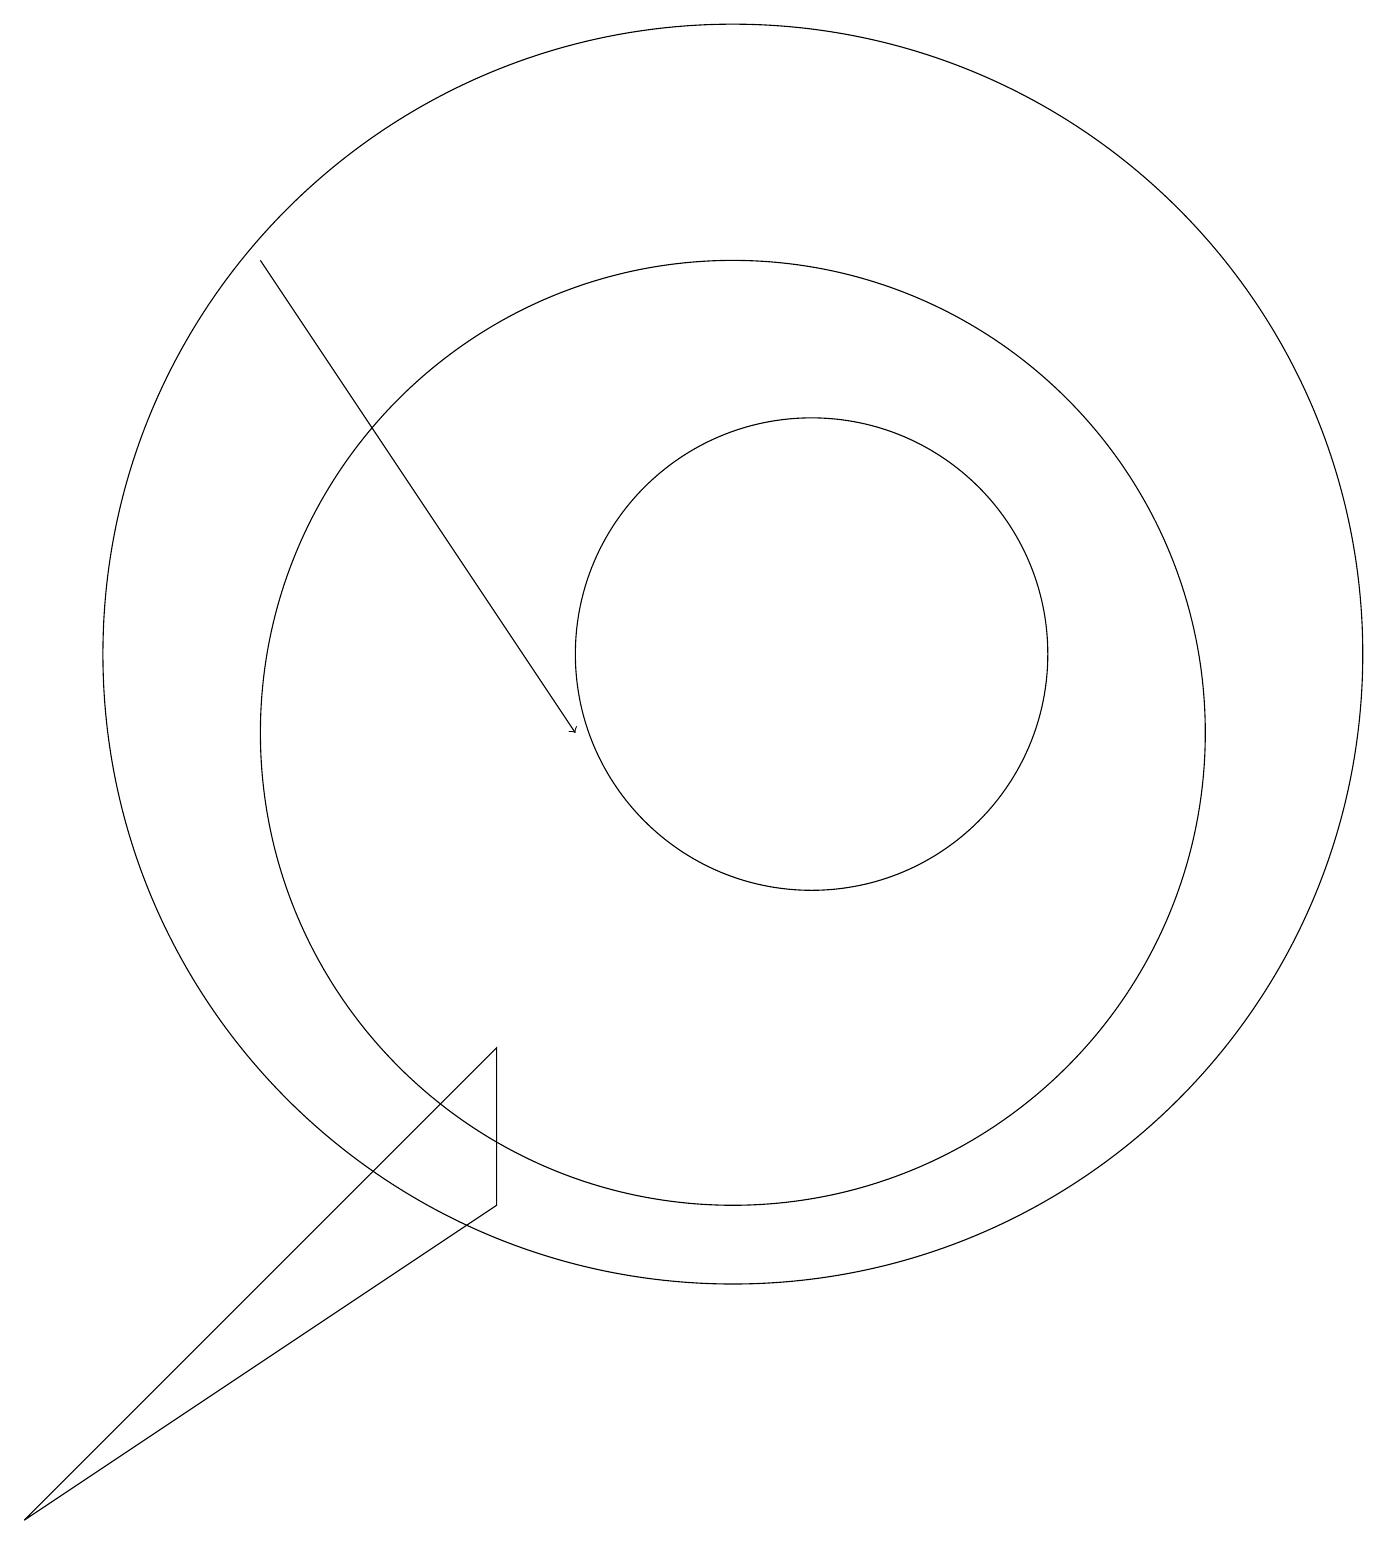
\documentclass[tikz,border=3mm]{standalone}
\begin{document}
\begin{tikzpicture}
\draw[->] (4,16) -- (8,10);
\draw (7,6) -- (7,4) -- (1,0) -- cycle;
\draw (10,11) circle (8);
\draw (10,10) circle (6);
\draw (11,11) circle (3);
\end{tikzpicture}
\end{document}